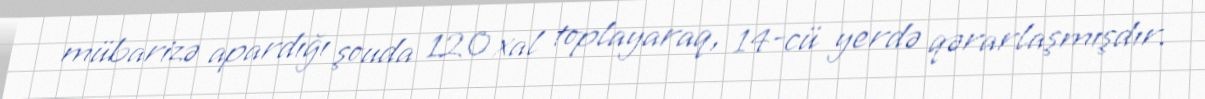
mübarizə apardığı şouda 120 xal toplayaraq, 14-cü yerdə qərarlaşmışdır.